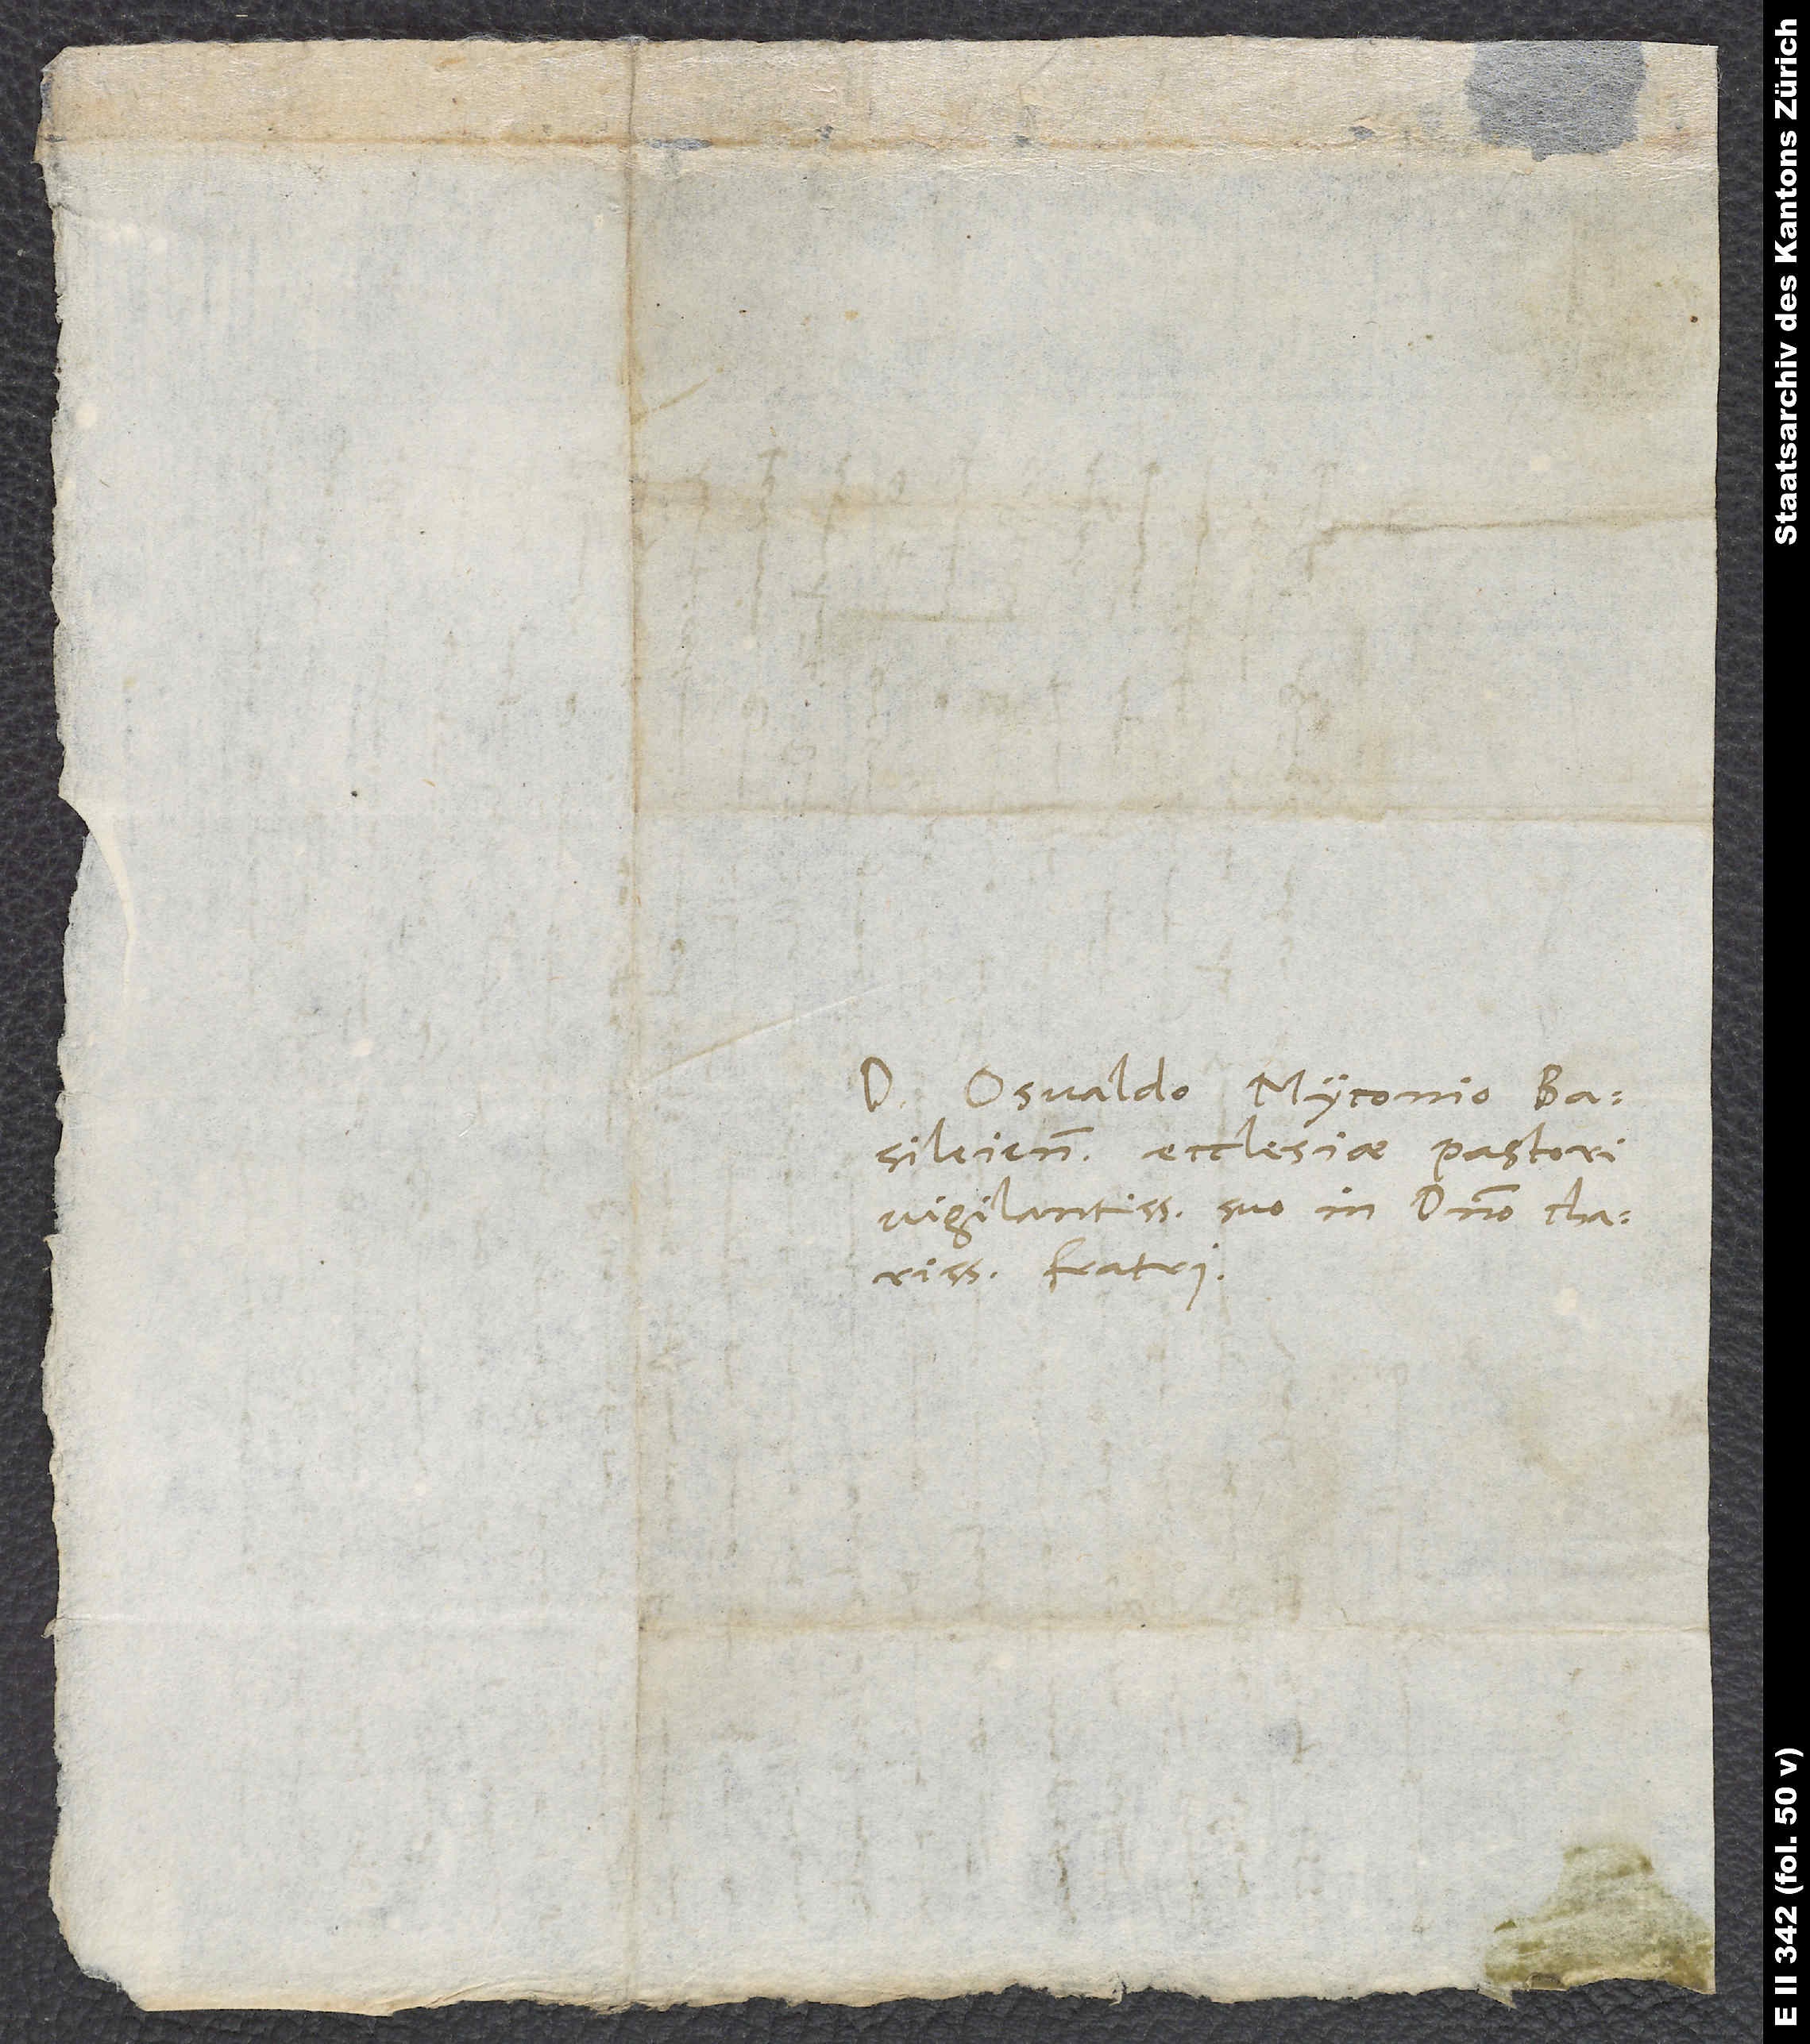
Domino Osvaldo Myconio,
Basileiensis ecciesiae pastori
vigilantissimo, suo in domino charissimo
fratri.